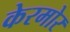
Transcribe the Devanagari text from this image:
केरमोर